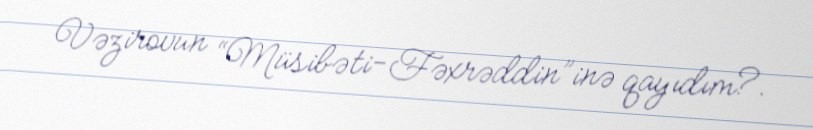
Vəzirovun “Müsibəti-Fəxrəddin”inə qayıdım?.